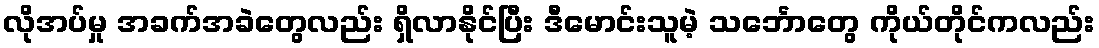
လိုအပ်မှု အခက်အခဲတွေလည်း ရှိလာနိုင်ပြီး ဒီမောင်းသူမဲ့ သင်္ဘောတွေ ကိုယ်တိုင်ကလည်း